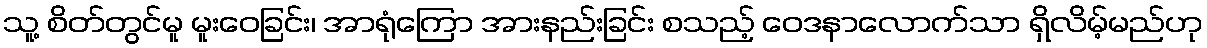
သူ့ စိတ်တွင်မူ မူးဝေခြင်း၊ အာရုံကြော အားနည်းခြင်း စသည့် ဝေဒနာလောက်သာ ရှိလိမ့်မည်ဟု